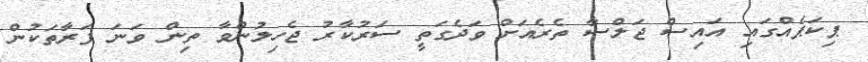
ޕިކަޕެއްގައި އައިސް ޖަލްސާ ތެރެއަށް ވަދެގަތީ ސަރުކާރު ޖެހިލުންވާ ތިން ވަނަ ފަރާތަކުން